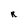
Character: R